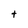
Character: t